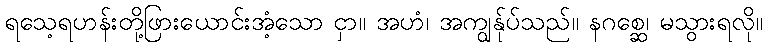
ရသေ့ရဟန်းတို့ဖြားယောင်းအံ့သော ငှာ။ အဟံ၊ အကျွန်ုပ်သည်။ နဂစ္ဆေ၊ မသွားရလို။